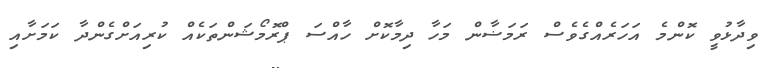
ވިދާޅުވީ ކޮންމެ އަހަރެއްގެވެސް ރަމަޟާން މަހާ ދިމާކޮށް ހާއްސަ ޕްރޮމޯޝަންތަކެއް ކުރިއަށްގެންދާ ކަމަށާއި